38_143685_box_Incident_Summaries_173-233
Agency: Department of War
Page 63
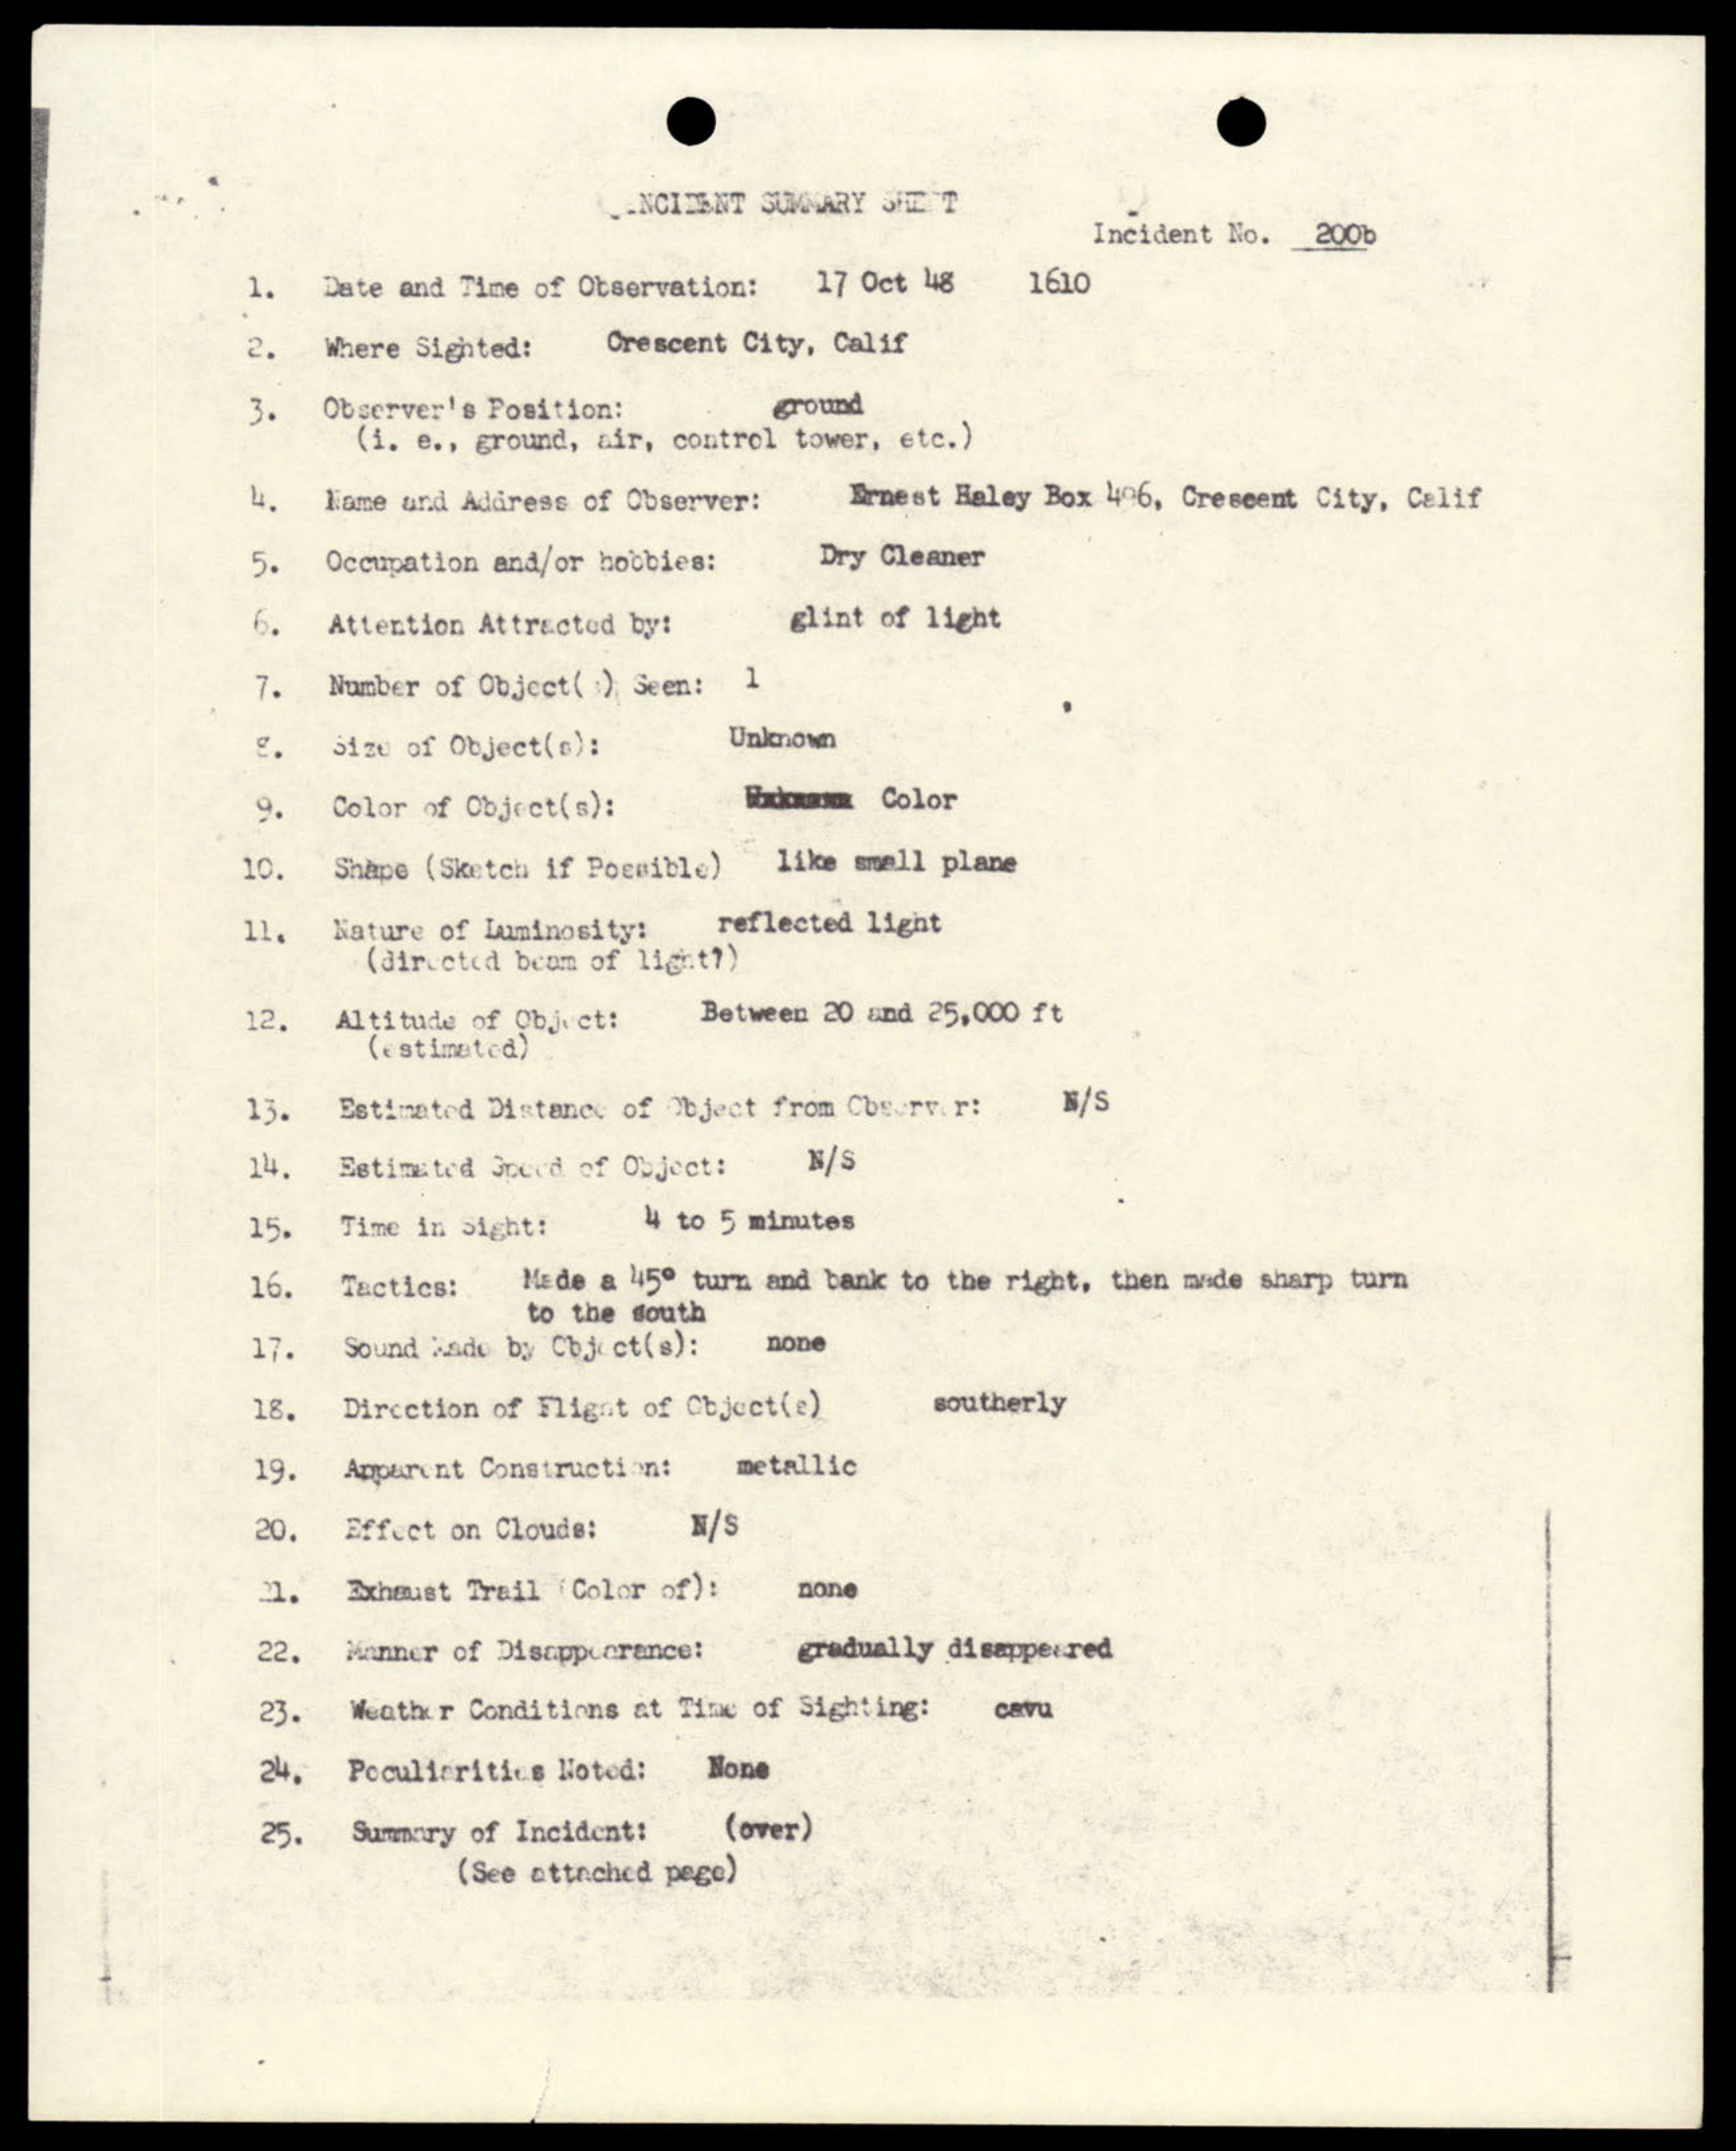